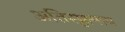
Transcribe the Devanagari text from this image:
अतिसूक्ष्माय